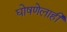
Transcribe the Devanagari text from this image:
घोषणेलाही